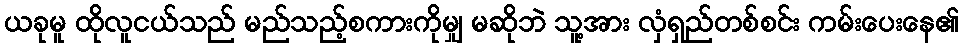
ယခုမူ ထိုလူငယ်သည် မည်သည့်စကားကိုမျှ မဆိုဘဲ သူ့အား လှံရှည်တစ်စင်း ကမ်းပေးနေ၏